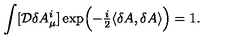
\int [ { \cal D } \delta A _ { \mu } ^ { i } ] \exp \Bigl ( - { \textstyle \frac { i } { 2 } } \langle \delta A , \delta A \rangle \Bigr ) = 1 .